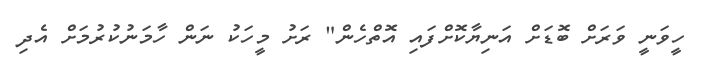
ހީވަނީ ވަރަށް ބޮޑަށް އަނިޔާކޮށްފައި އޮތްހެން" ރަށު މީހަކު ނަން ހާމަނުކުރުމަށް އެދި